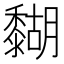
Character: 𪐉